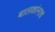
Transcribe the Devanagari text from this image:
बालकांनाच